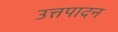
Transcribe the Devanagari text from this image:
उत्तपादन